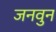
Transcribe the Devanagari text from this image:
जनवुन